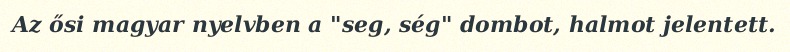
Az ősi magyar nyelvben a "seg, ség" dombot, halmot jelentett.